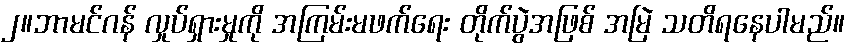
၂။ဘာမင်ဂန် လှုပ်ရှားမှုကို အကြမ်းမဖက်ရေး တိုက်ပွဲအဖြစ် အမြဲ သတိရနေပါမည်။